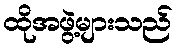
ထိုအဖွဲ့များသည်